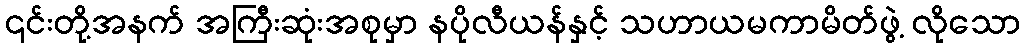
၎င်းတို့အနက် အကြီးဆုံးအစုမှာ နပိုလီယန်နှင့် သဟာယမကာမိတ်ဖွဲ့ လိုသော